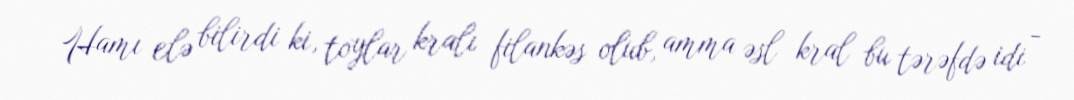
Hamı elə bilirdi ki, toylar kralı filankəs olub, amma əsl kral bu tərəfdə idi -